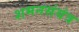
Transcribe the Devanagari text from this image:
शमनसंयंत्र